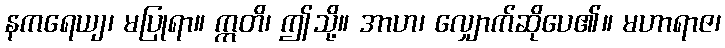
နကရေယျ၊ မပြုရာ။ ဣတိ၊ ဤသို့။ အာဟ၊ လျှောက်ဆိုပေ၏။ မဟာရာဇ၊